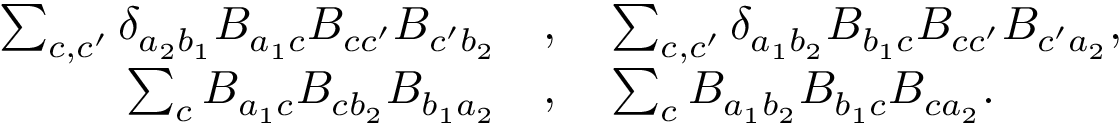
\begin{array} { r l } { \sum _ { c , c ^ { \prime } } \delta _ { a _ { 2 } b _ { 1 } } B _ { a _ { 1 } c } B _ { c c ^ { \prime } } B _ { c ^ { \prime } b _ { 2 } } } & { , \quad \sum _ { c , c ^ { \prime } } \delta _ { a _ { 1 } b _ { 2 } } B _ { b _ { 1 } c } B _ { c c ^ { \prime } } B _ { c ^ { \prime } a _ { 2 } } , } \\ { \sum _ { c } B _ { a _ { 1 } c } B _ { c b _ { 2 } } B _ { b _ { 1 } a _ { 2 } } } & { , \quad \sum _ { c } B _ { a _ { 1 } b _ { 2 } } B _ { b _ { 1 } c } B _ { c a _ { 2 } } . } \end{array}